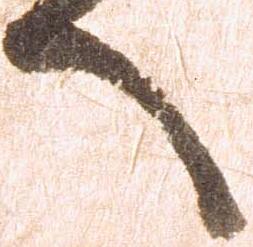
へ